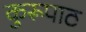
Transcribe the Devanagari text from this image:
कुरूपाठ